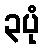
၃ပုံ